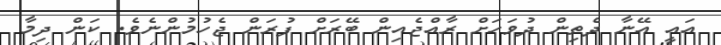
އައީ އޭނާ ދެތިން ދުވަހަށް ރާއްޖެއިން ބޭރަށް ފުރަން ޖެހުމުންނެވެ. ކަން ދިމާ